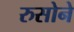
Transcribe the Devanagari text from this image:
रुसोने